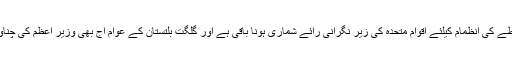
یاد رہے گلگت بلتستان بین الاقوامی طور پر مسلہ کشمیر سے منسلک ایک متنازعہ خطہ ہے اور اس خطے کی انظمام کیلئے اقوام متحدہ کی زیر نگرانی رائے شماری ہونا باقی ہے اور گلگت بلتستان کے عوام آج بھی وزیر اعظم کی چناو کیلئے ووٹ کے اہل نہیں اور نہ ہی گلگت بلتستان کو سنیٹ اور قومی اسمبلی میں نمائندگی حاصل ہے۔